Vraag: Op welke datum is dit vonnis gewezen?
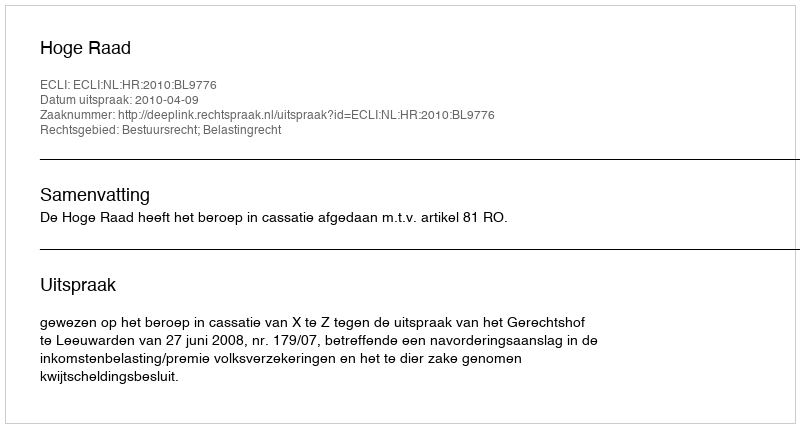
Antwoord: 2010-04-09